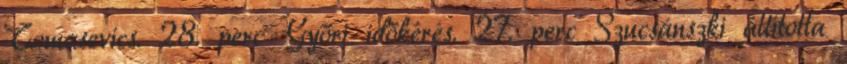
Tomasevics. 28. perc Győri időkérés. 27. perc Szucsánszki állította